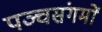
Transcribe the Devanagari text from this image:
पञ्चसंगमों